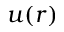
u ( r )